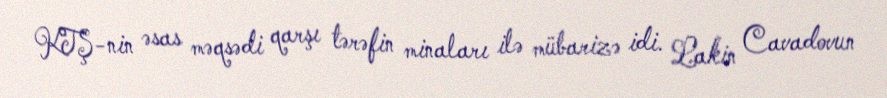
KTŞ-nin əsas məqsədi qarşı tərəfin minaları ilə mübarizə idi. Lakin Cavadovun